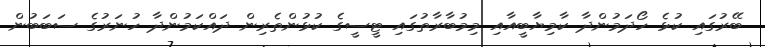
ބޭރުގައި ކުޅެ ހޯދަމުންދާ ކާމިޔާބީއާއި މިމުބާރާތުގައި ޓީސީގެ ކުޅުންތެރިން ދައްކަމުންދާ ހުނަރުގެ ސަބަބުން